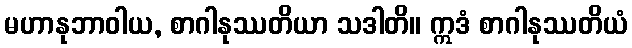
မဟာနုဘာဝါယ, စာဂါနုဿတိယာ သဒါတိ။ ဣဒံ စာဂါနုဿတိယံ